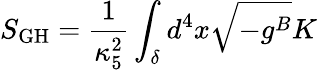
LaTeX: S_{\mathrm{GH}}=\frac{1}{\kappa_{5}^{2}}\int_{\delta}d^{4}x\sqrt{-g^{B}}K